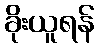
ခိုးယူရန်